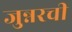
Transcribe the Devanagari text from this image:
जुन्नरची